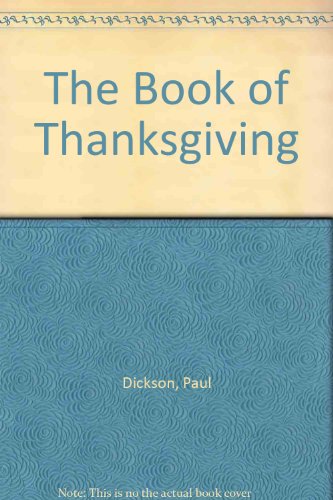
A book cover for The Book of Thanksgiving; Paul Dickson; Cookbooks, Food & Wine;